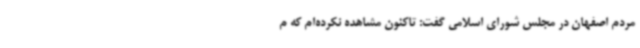
مردم اصفهان در مجلس شورای اسلامی گفت: تاکنون مشاهده نکرده‌ام که م